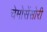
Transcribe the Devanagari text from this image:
चेमोसेंसोरी